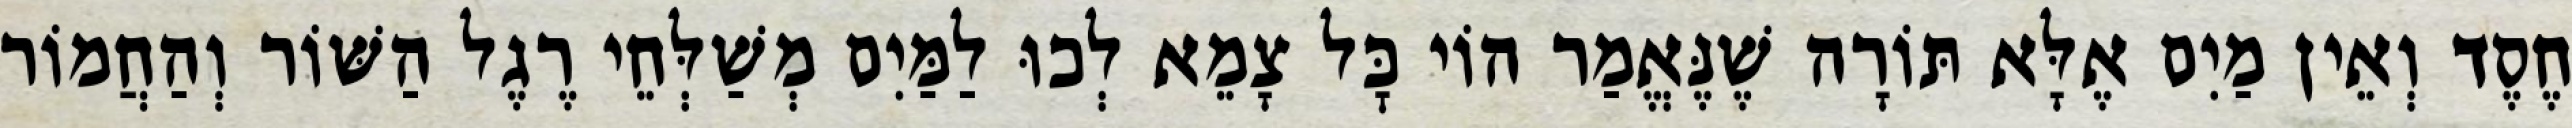
חֶסֶד וְאֵין מַיִם אֶלָּא תּוֹרָה שֶׁנֶּאֱמַר הוֹי כׇּל צָמֵא לְכוּ לַמַּיִם מְשַׁלְּחֵי רֶגֶל הַשּׁוֹר וְהַחֲמוֹר